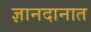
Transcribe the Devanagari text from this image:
ज्ञानदानात